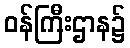
ဝန်ကြီးဌာန၌